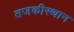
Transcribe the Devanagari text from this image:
तजकीस्थान